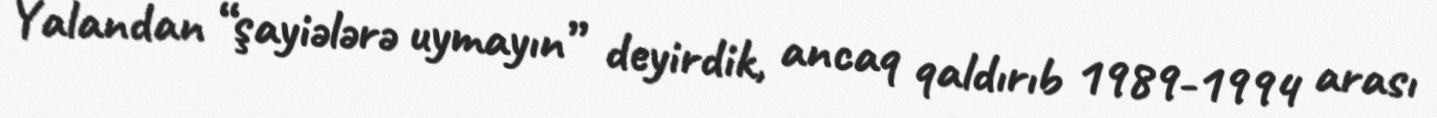
Yalandan “şayiələrə uymayın” deyirdik, ancaq qaldırıb 1989-1994 arası